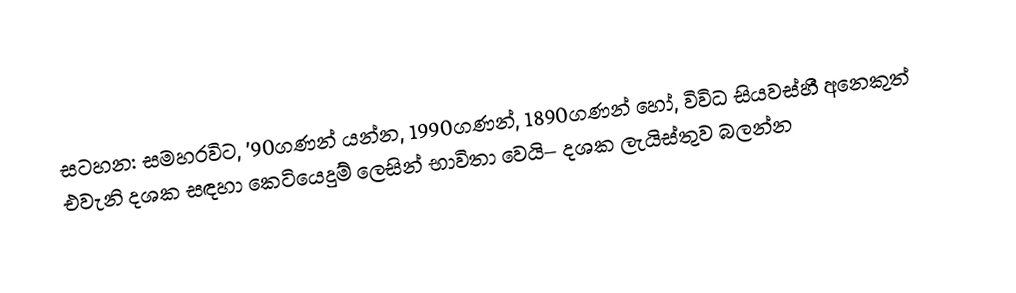
සටහන: සමහරවිට,  '90ගණන් යන්න, 1990ගණන්, 1890ගණන් හෝ, විවිධ සියවස්හී අනෙකුත් එවැනි දශක සඳහා කෙටියෙදුම් ලෙසින් භාවිතා වෙයි– දශක ලැයිස්තුව බලන්න